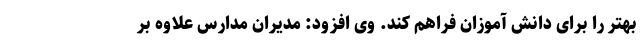
بهتر را برای دانش آموزان فراهم کند. وی افزود: مدیران مدارس علاوه بر